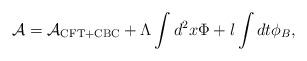
LaTeX: \begin{align*}{\cal A}={\cal A}_{\tiny\rm CFT+CBC}+\Lambda\int d^{2}x\Phi+\l\int dt \phi_{B},\end{align*}